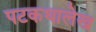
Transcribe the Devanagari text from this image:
पटकथालेख